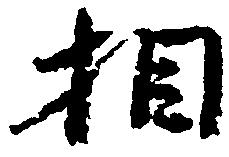
相